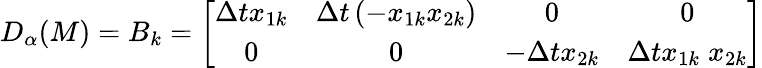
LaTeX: D_{\alpha}(M)=B_{k}=\left\lbrack\begin{array}{cccc}{\Delta tx_{1k}}&{\Delta t\left(-x_{1k}x_{2k}\right)}&{0}&{0}\\ {0}&{0}&{-\Delta tx_{2k}}&{\Delta tx_{1k}{\; x}_{2k}}\end{array}\right\rbrack